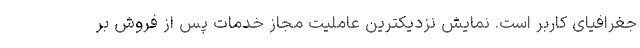
جغرافیای کاربر است. نمایش نزدیکترین عاملیت مجاز خدمات پس از فروش بر